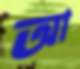
আ